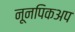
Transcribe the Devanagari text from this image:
नूनपिकअप